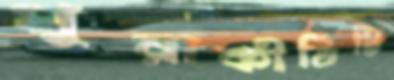
পুরাকীর্তিটি